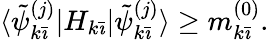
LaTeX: \langle\tilde{\psi}_{k\bar{\imath}}^{(j)}|H_{k\bar{\imath}}|\tilde{\psi}_{k\bar{\imath}}^{(j)}\rangle\geq m_{k\bar{\imath}}^{(0)}.